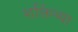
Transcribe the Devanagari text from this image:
शक्तिंच्या